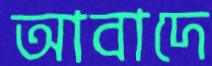
আবাদে